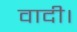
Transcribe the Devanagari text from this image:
वादी।